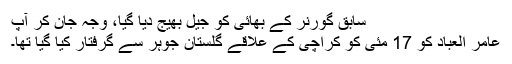
سابق گورنر کے بھائی کو جیل بھیج دیا گیا، وجہ جان کر آپ
عامر العباد کو 17 مئی کو کراچی کے علاقے گلستان جوہر سے گرفتار کیا گیا تھا۔